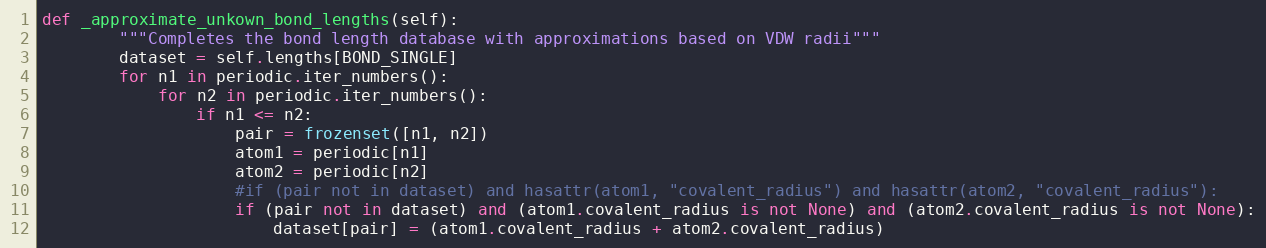
Language: Python
def _approximate_unkown_bond_lengths(self):
        """Completes the bond length database with approximations based on VDW radii"""
        dataset = self.lengths[BOND_SINGLE]
        for n1 in periodic.iter_numbers():
            for n2 in periodic.iter_numbers():
                if n1 <= n2:
                    pair = frozenset([n1, n2])
                    atom1 = periodic[n1]
                    atom2 = periodic[n2]
                    #if (pair not in dataset) and hasattr(atom1, "covalent_radius") and hasattr(atom2, "covalent_radius"):
                    if (pair not in dataset) and (atom1.covalent_radius is not None) and (atom2.covalent_radius is not None):
                        dataset[pair] = (atom1.covalent_radius + atom2.covalent_radius)